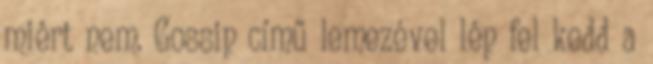
miért nem. Gossip című lemezével lép fel kedd a